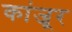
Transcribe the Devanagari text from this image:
कांजूर